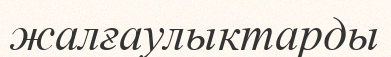
жалғаулыктарды